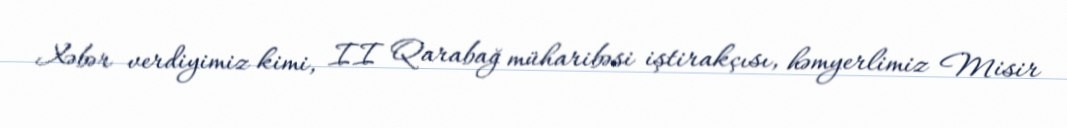
Xəbər verdiyimiz kimi, II Qarabağ müharibəsi iştirakçısı, həmyerlimiz Misir